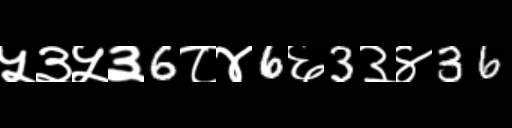
Text: ५३५३6८४6६3३४36